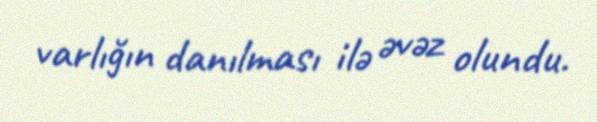
varlığın danılması ilə əvəz olundu.